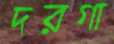
দরগা